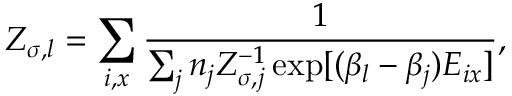
Z _ { \sigma , l } = \sum _ { i , x } \frac { 1 } { \sum _ { j } n _ { j } Z _ { \sigma , j } ^ { - 1 } \exp [ ( \beta _ { l } - \beta _ { j } ) E _ { i x } ] } ,